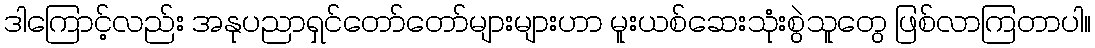
ဒါကြောင့်လည်း အနုပညာရှင်တော်တော်များများဟာ မူးယစ်ဆေးသုံးစွဲသူတွေ ဖြစ်လာကြတာပါ။